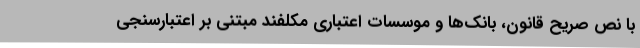
با نص صریح قانون، بانک‌‌ها و موسسات اعتباری مکلفند مبتنی بر اعتبارسنجی